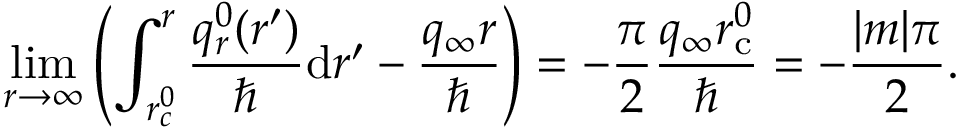
\operatorname* { l i m } _ { r \to \infty } \left( \int _ { r _ { c } ^ { 0 } } ^ { r } \frac { q _ { r } ^ { 0 } ( r ^ { \prime } ) } { \hbar } \mathrm { d } r ^ { \prime } - \frac { q _ { \infty } r } { \hbar } \right) = - \frac { \pi } { 2 } \frac { q _ { \infty } r _ { \mathrm { c } } ^ { 0 } } { \hbar } = - \frac { | m | \pi } { 2 } .